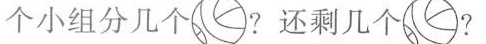
个小组分几个?还剩几个?